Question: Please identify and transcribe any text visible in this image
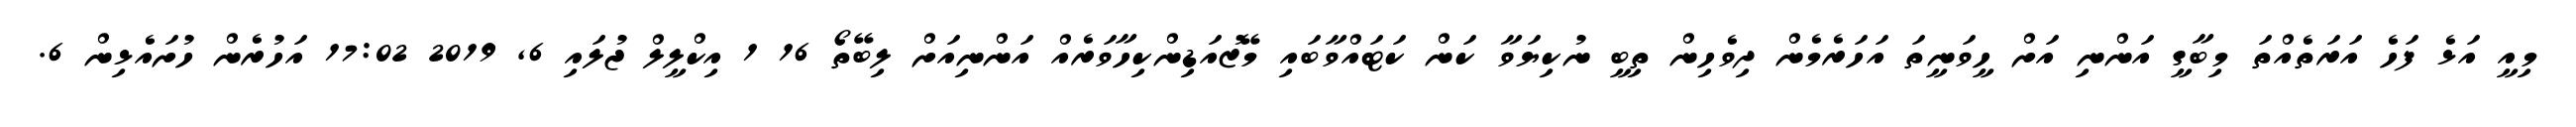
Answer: މިއީ އަޅެ ފަހެ އަރަތެއްތަ މިބާގީ އަންނި އަށް ހީވަނީތަ އަހަރެމެން ދިވެހިން ތިބީ ނުކިޔަވާ ކަން ކަޓައްވާބައި މޭޒުއަޑިންކިހާވަރެއް އަންނިއަށް ލިބޭތޯ 16 1 އިކްލީލް ޖުލައި 6, 2019 17:02 އަހުރެން ހުށައެޅިން 6.